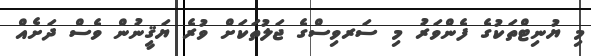
މި ޔުނިޓްތަކުގެ ފެންވަރު މި ސަރވިސްގެ ޖަލުތަކަށް ވުރެ ޔަޤީނުން ވެސް ދަށެއް